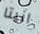
انيتا